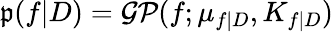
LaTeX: \mathfrak{p}(f|D)=\mathcal{{GP}}(f;\mu_{f|D},K_{f|D})